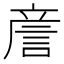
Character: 𧧑